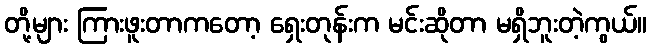
တို့များ ကြားဖူးတာကတော့ ရှေးတုန်းက မင်းဆိုတာ မရှိဘူးတဲ့ကွယ်။